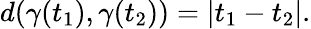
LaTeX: d(\gamma(t_{1}),\gamma(t_{2}))=\left|t_{1}-t_{2}\right|.